system: You are a helpful assistant.
user:
Analyze the provided spectrum to determine if it is a **"Cataclysmic Variables (CV)"**.

- **Key Indicators for CV (Check for either state):**
    - **State 1: Quiescent / Low-State (Emission-Dominated)**
        - **(Primary):** Strong and *very broad* Hydrogen Balmer emission lines (e.g., $H\alpha$ at 6563 Å, $H\beta$ at 4861 Å). The 'broadness' (high velocity dispersion, often FWHM > 1000 km/s) is the key diagnostic, indicating a high-velocity accretion disk.
        - **(Secondary):** Broad neutral Helium (He I) emission lines (e.g., 5876 Å, 6678 Å).
        - **(Key Confirmation):** Presence of high-excitation *ionized* Helium (He II) emission at 4686 Å. This is a strong indicator of accretion onto a white dwarf.
        - **(Line Profile):** Emission lines may exhibit a 'double-peaked' profile, which is a classic signature of a rotating accretion disk viewed at high inclination.

    - **State 2: Outburst / High-State (Absorption-Dominated)**
        - **(Primary):** Spectrum is dominated by a bright, blue continuum (looks like a hot star).
        - **(Secondary):** The emission lines from State 1 are weak, absent, or 'filled in', and are replaced by broad, shallow *absorption* lines (primarily Balmer and He I).
        - **(Morphology):** The overall spectrum mimics a hot B/A-type star. The crucial difference is that the absorption lines are significantly broader, shallower, and more 'washed-out' (or 'smeared') than the sharp lines of a normal stellar photosphere, due to high rotational speeds and pressure broadening in the disk.

Think first, call **spectral_visualization_tool** if needed to examine features in detail, then provide your final answer. Your response must adhere to the following strict rules:
1.  **Overall Structure:** Your response must follow the format `<think>...</think> <tool_call>...</tool_call> (if a tool is used) <answer>...</answer>`.
2.  **Tool Usage Constraint:** You may only make **one** tool call per turn.
3.  **Final Answer Format:** In the `<answer>` tag, your conclusion must be inside a `\boxed{}` command (e.g., `\boxed{YES}`), followed by your justification.

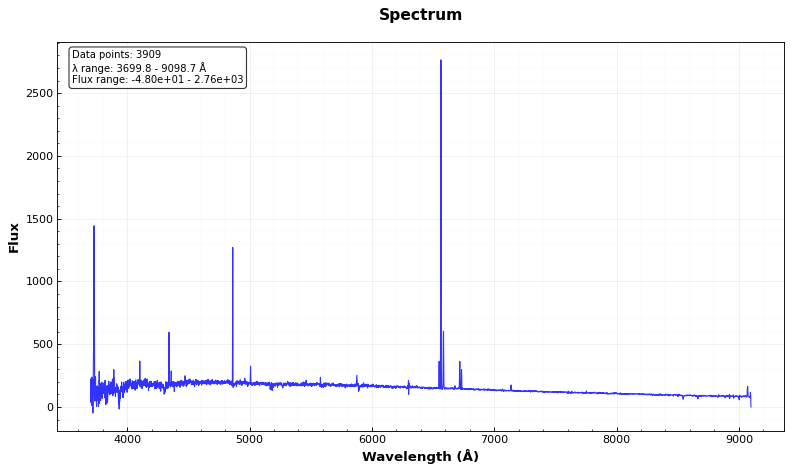
Answer: NO